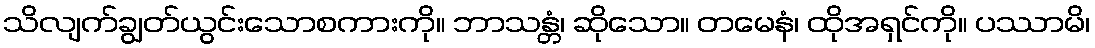
သိလျက်ချွတ်ယွင်းသောစကားကို။ ဘာသန္တံ၊ ဆိုသော။ တမေနံ၊ ထိုအရှင်ကို။ ပဿာမိ၊